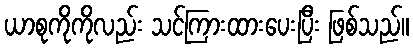
ယာစုကိုကိုလည်း သင်ကြားထားပေးပြီး ဖြစ်သည်။